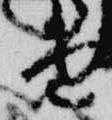
由